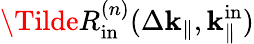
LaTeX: \Tilde{R}_{\mathrm{in}}^{(n)}(\Delta\mathbf{k}_{\parallel},\mathbf{k}_{\parallel}^{\mathrm{in}})